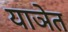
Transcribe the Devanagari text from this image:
याञेत